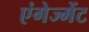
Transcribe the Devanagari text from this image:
एंगेज्मेंट